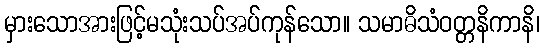
မှားသောအားဖြင့်မသုံးသပ်အပ်ကုန်သော။ သမာဓိသံဝတ္တနိကာနိ၊